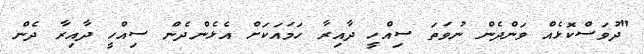
"ދުވަސްކޮޅެއް ވަންދެން ނުވަތަ ސިއްހީ ދާއިރާ ހަމައަކަށް އެޅެންދެން ސިއްހީ ދާއިރާ ދެން